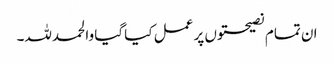
ان تمام نصیحتوں پر عمل کیا گیا والحمدللہ۔